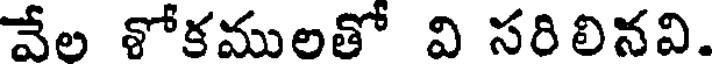
వేల శోకములతో వి సరిలినవి.